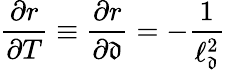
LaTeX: \frac{\partial r}{\partial T}\equiv\frac{\partial r}{\partial\mathfrak{d}}=-\frac{1}{\ell_{\mathfrak{d}}^{2}}